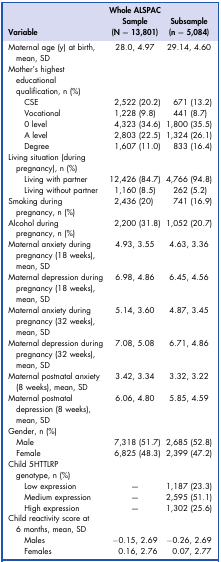
<table><thead><tr><td><b>Variable</b></td><td><b>Whole ALSPAC Sample (N = 13,801)</b></td><td><b>Subsample (n = 5,084)</b></td></tr></thead><tbody><tr><td>Maternal age (y) at birth, mean, SD</td><td>28.0, 4.97</td><td>29.14, 4.60</td></tr><tr><td>Mother&#x27;s highest educational qualification, n (%)</td><td></td><td></td></tr><tr><td> CSE</td><td>2,522 (20.2)</td><td>671 (13.2)</td></tr><tr><td> Vocational</td><td>1,228 (9.8)</td><td>441 (8.7)</td></tr><tr><td> 0 level</td><td>4,323 (34.6)</td><td>1,800 (35.5)</td></tr><tr><td> A level</td><td>2,803 (22.5)</td><td>1,324 (26.1)</td></tr><tr><td> Degree</td><td>1,607 (11.0)</td><td>833 (16.4)</td></tr><tr><td>Living situation (during pregnancy), n (%)</td><td></td><td></td></tr><tr><td> Living with partner</td><td>12,426 (84.7)</td><td>4,766 (94.8)</td></tr><tr><td> Living without partner</td><td>1,160 (8.5)</td><td>262 (5.2)</td></tr><tr><td>Smoking during pregnancy, n (%)</td><td>2,436 (20)</td><td>741 (16.9)</td></tr><tr><td>Alcohol during pregnancy, n (%)</td><td>2,200 (31.8)</td><td>1,052 (20.7)</td></tr><tr><td>Maternal anxiety during pregnancy (18 weeks), mean, SD</td><td>4.93, 3.55</td><td>4.63, 3.36</td></tr><tr><td>Maternal depression during pregnancy (18 weeks), mean, SD</td><td>6.98, 4.86</td><td>6.45, 4.56</td></tr><tr><td>Maternal anxiety during pregnancy (32 weeks), mean, SD</td><td>5.14, 3.60</td><td>4.87, 3.45</td></tr><tr><td>Maternal depression during pregnancy (32 weeks), mean, SD</td><td>7.08, 5.08</td><td>6.71, 4.86</td></tr><tr><td>Maternal postnatal anxiety (8 weeks), mean, SD</td><td>3.42, 3.34</td><td>3.32, 3.22</td></tr><tr><td>Maternal postnatal depression (8 weeks), mean, SD</td><td>6.06, 4.80</td><td>5.85, 4.59</td></tr><tr><td>Gender, n (%)</td><td></td><td></td></tr><tr><td> Male</td><td>7,318 (51.7)</td><td>2,685 (52.8)</td></tr><tr><td> Female</td><td>6,825 (48.3)</td><td>2,399 (47.2)</td></tr><tr><td>Child 5HTTLRP genotype, n (%)</td><td></td><td></td></tr><tr><td> Low expression</td><td>—</td><td>1,187 (23.3)</td></tr><tr><td> Medium expression</td><td>—</td><td>2,595 (51.1)</td></tr><tr><td> High expression</td><td>—</td><td>1,302 (25.6)</td></tr><tr><td>Child reactivity score at 6 months, mean, SD</td><td></td><td></td></tr><tr><td> Males</td><td>−0.15, 2.69</td><td>−0.26, 2.69</td></tr><tr><td> Females</td><td>0.16, 2.76</td><td>0.07, 2.77</td></tr></tbody></table>